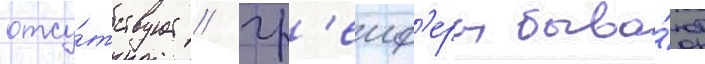
отсу́тствует // Гр'еиф'еры быва́ют